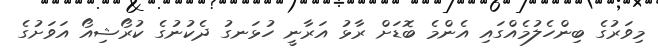
މިވަރުގެ ބިންހެލުމެއްގައި އެންމެ ބޮޑަށް ރާޅު އަރާނީ ހުޅަނގު ދެކުނުގެ ކުރޯޝިއޯ އަވަށުގެ